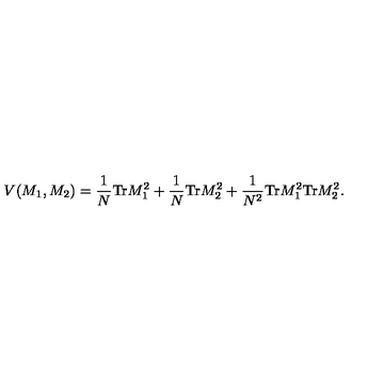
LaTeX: V ( M _ { 1 } , M _ { 2 } ) = \frac { 1 } { N } \mathrm { T r } M _ { 1 } ^ { 2 } + \frac { 1 } { N } \mathrm { T r } M _ { 2 } ^ { 2 } + \frac { 1 } { N ^ { 2 } } \mathrm { T r } M _ { 1 } ^ { 2 } \mathrm { T r } M _ { 2 } ^ { 2 } .